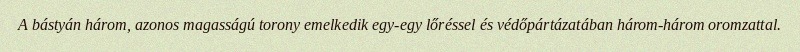
A bástyán három, azonos magasságú torony emelkedik egy-egy lőréssel és védőpártázatában három-három oromzattal.